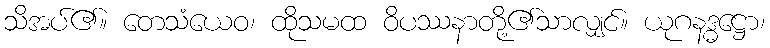
သိအပ်၏။ တေသံယေဝ၊ ထိုသမထ ဝိပဿနာတို့၏သာလျှင်။ ယုဂနဒ္ဓဋ္ဌော၊